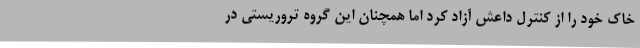
خاک خود را از کنترل داعش آزاد کرد اما همچنان این گروه تروریستی در